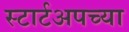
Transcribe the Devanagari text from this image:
स्टार्टअपच्या